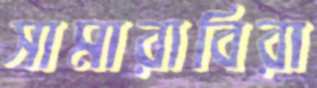
সামারাবিরা